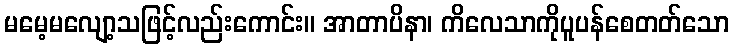
မမေ့မလျော့သဖြင့်လည်းကောင်း။ အာတာပိနာ၊ ကိလေသာကိုပူပန်စေတတ်သော